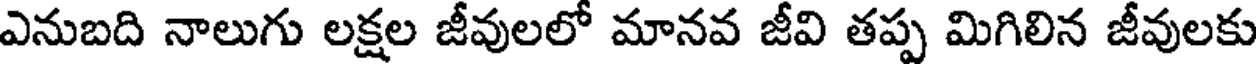
ఎనుబది నాలుగు లక్షల జీవులలో మానవ జీవి తప్ప మిగిలిన జీవులకు